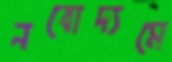
নবোদ্যমে